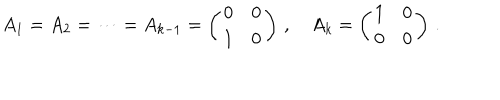
LaTeX: A _ { 1 } = A _ { 2 } = \cdots = A _ { k - 1 } = \left( \begin{array} { c c } { { 0 } } & { { 0 } } \\ { { 1 } } & { { 0 } } \\ \end{array} \right) \, , \quad A _ { k } = \left( \begin{array} { c c } { { 1 } } & { { 0 } } \\ { { 0 } } & { { 0 } } \\ \end{array} \right) \, .